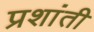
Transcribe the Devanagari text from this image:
प्रशांती